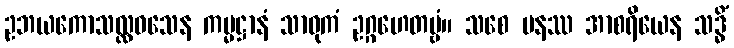
ဥဘယကောသလ္လဝသေန ကမ္မဋ္ဌာနံ သာဓုကံ ဥဂ္ဂဟေတဗ္ဗံ။ သစေ ပနဿ အာစရိယေန သဒ္ဓိံ